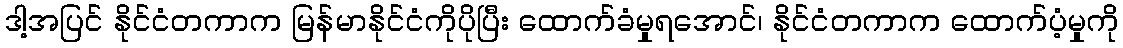
ဒါ့အပြင် နိုင်ငံတကာက မြန်မာနိုင်ငံကိုပိုပြီး ထောက်ခံမှုရအောင်၊ နိုင်ငံတကာက ထောက်ပံ့မှုကို